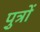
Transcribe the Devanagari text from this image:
पु़त्रों